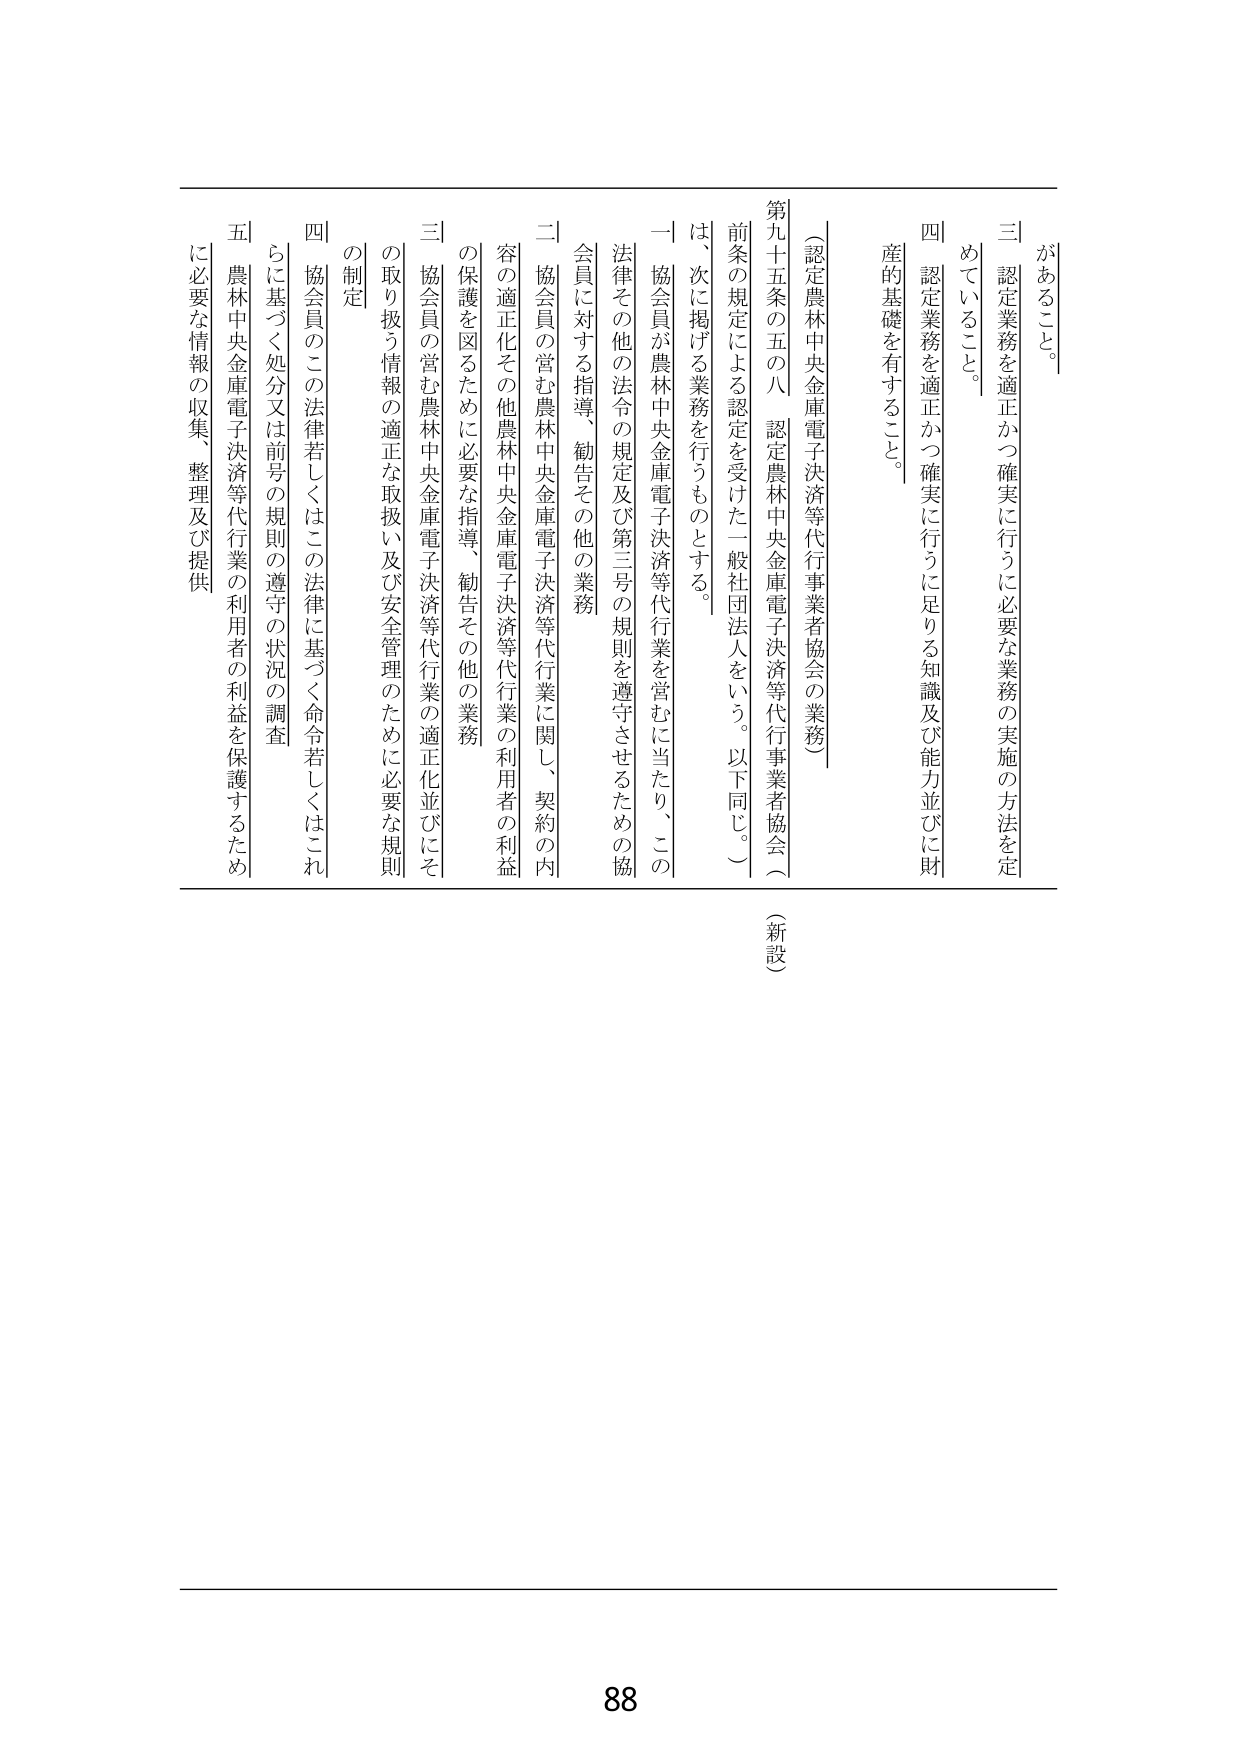
があること。
三 認定業務を適正かつ確実に行うに必要な業務の実施の方法を定めていること。
四 認定業務を適正かつ確実に行うに足りる知識及び能力並びに財産的基礎を有すること。

（認定農林中央金庫電子決済等代行事業者協会の業務）
第九十五条の五の八 認定農林中央金庫電子決済等代行事業者協会（前条の規定による認定を受けた一般社団法人をいう。以下同じ。）は、次に掲げる業務を行うものとする。
一 協会員が農林中央金庫電子決済等代行業を営むに当たり、この法律その他の法令の規定及び第三号の規則を遵守させるための協会員に対する指導、勧告その他の業務
二 協会員の営む農林中央金庫電子決済等代行業に関し、契約の内容の適正化その他農林中央金庫電子決済等代行業の利用者の利益の保護を図るために必要な指導、勧告その他の業務
三 協会員の営む農林中央金庫電子決済等代行業の適正化並びにその取り扱う情報の適正な取扱い及び安全管理のために必要な規則の制定
四 協会員のこの法律若しくはこの法律に基づく命令若しくはこれに基づく処分又は前号の規則の遵守の状況の調査
五 農林中央金庫電子決済等代行業の利用者の利益を保護するために必要な情報の収集、整理及び提供

（新設）

88